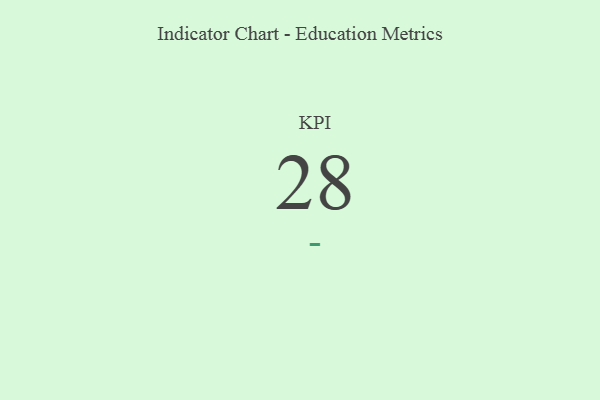
{"axis": {"x": "KPI", "y": "Value"}, "legend": [""], "data": [{"x": "KPI", "y": 28, "type": ""}]}